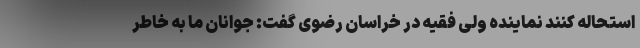
استحاله کنند نماینده ولی فقیه در خراسان رضوی گفت: جوانان ما به خاطر